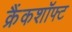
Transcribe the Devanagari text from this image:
क्रैंकशॉफ्ट